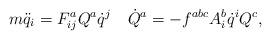
LaTeX: \begin{align*}m\ddot{q}_i = F^a_{ij}Q^a\dot{q}^j \quad\dot{Q}^a = -f^{abc} A^b_i \dot{q}^i Q^c ,\end{align*}